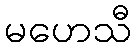
မဟေသီ